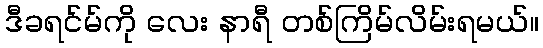
ဒီခရင်မ်ကို လေး နာရီ တစ်ကြိမ်လိမ်းရမယ်။